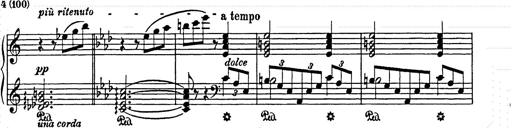
Title: Elegy No.1
Composer: Franz Liszt
Key: A-flat major